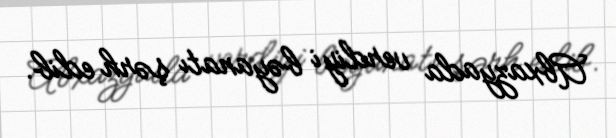
Abxazyada verdiyi bəyanatı şərh edib.